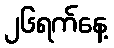
၂၆ရက်နေ့